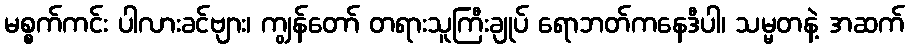
မစ္စက်ကင်း ပါလားခင်ဗျား၊ ကျွန်တော် တရားသူကြီးချုပ် ရောဘတ်ကနေဒီပါ၊ သမ္မတနဲ့ အဆက်